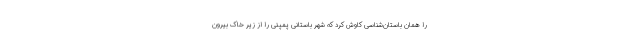
را همان باستان‌شناسی کاوش کرد که شهر باستانی پمپئی را از زیر خاک بیرون